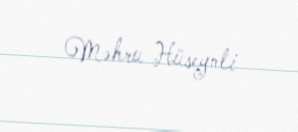
Məhru Hüseynli